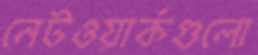
নেটওয়ার্কগুলো